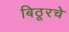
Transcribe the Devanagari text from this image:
बिठूरचे